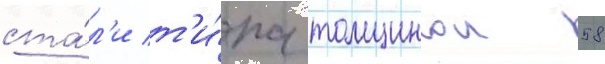
ста́л'и т'и́па толщинои 58